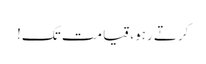
کرتے رہو، قیامت تک!